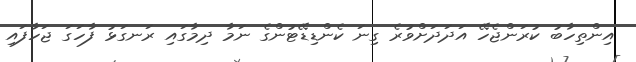
އިންތިހާބު ކުރަންޖެހޭ އަދަދަށްވުރެ ގިނަ ކެންޑިޑޭޓުންގެ ނަމާ ދިމާގައި ރަނގަޅު ފާހަގަ ޖަހާފައި